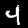
Label: 4